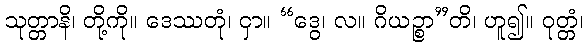
သုတ္တာနိ၊ တို့ကို။ ဒေဿတုံ၊ ငှာ။ “ဒွေ၊ လ။ ဂိယဉ္စာ”တိ၊ ဟူ၍။ ဝုတ္တံ၊